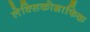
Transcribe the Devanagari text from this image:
लेक्सिकोग्राफिक